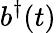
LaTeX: b^{\dagger}(t)